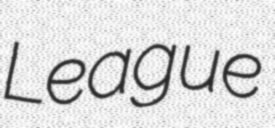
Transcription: League